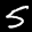
Label: 5